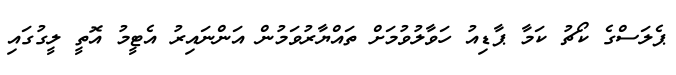
ޕެލަސްގެ ކޯޗު ކަމާ ޕާޑިއު ހަވާލުވުމަށް ތައްޔާރުވަމުން އަންނައިރު އެޓީމު އޮތީ ލީގުގައި